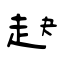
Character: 赽